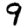
Digit: 9